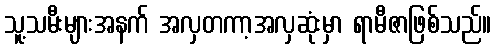
သူ့သမီးများအနက် အလှတကာ့အလှဆုံးမှာ ရာမီဇာဖြစ်သည်။